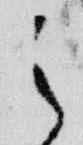
之